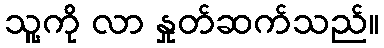
သူ့ကို လာ နှုတ်ဆက်သည်။